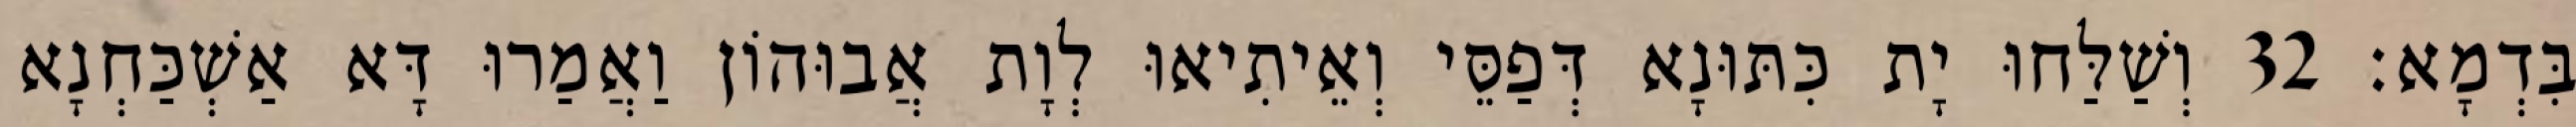
בִּדְמָא׃ 32 וְשַׁלַּחוּ יָת כִּתּוּנָא דְּפַסֵּי וְאֵיתִיאוּ לְוָת אֲבוּהוֹן וַאֲמַרוּ דָּא אַשְׁכַּחְנָא